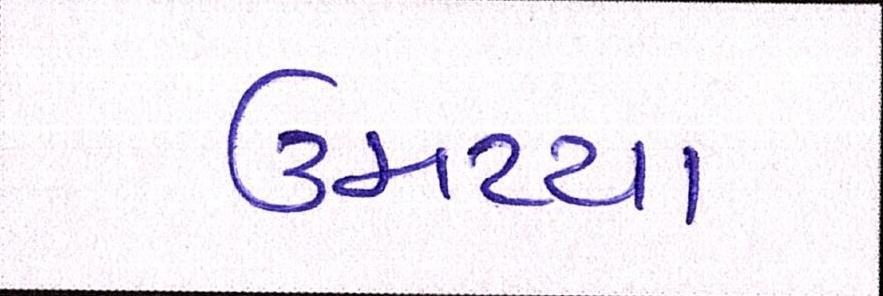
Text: ઉમટયા